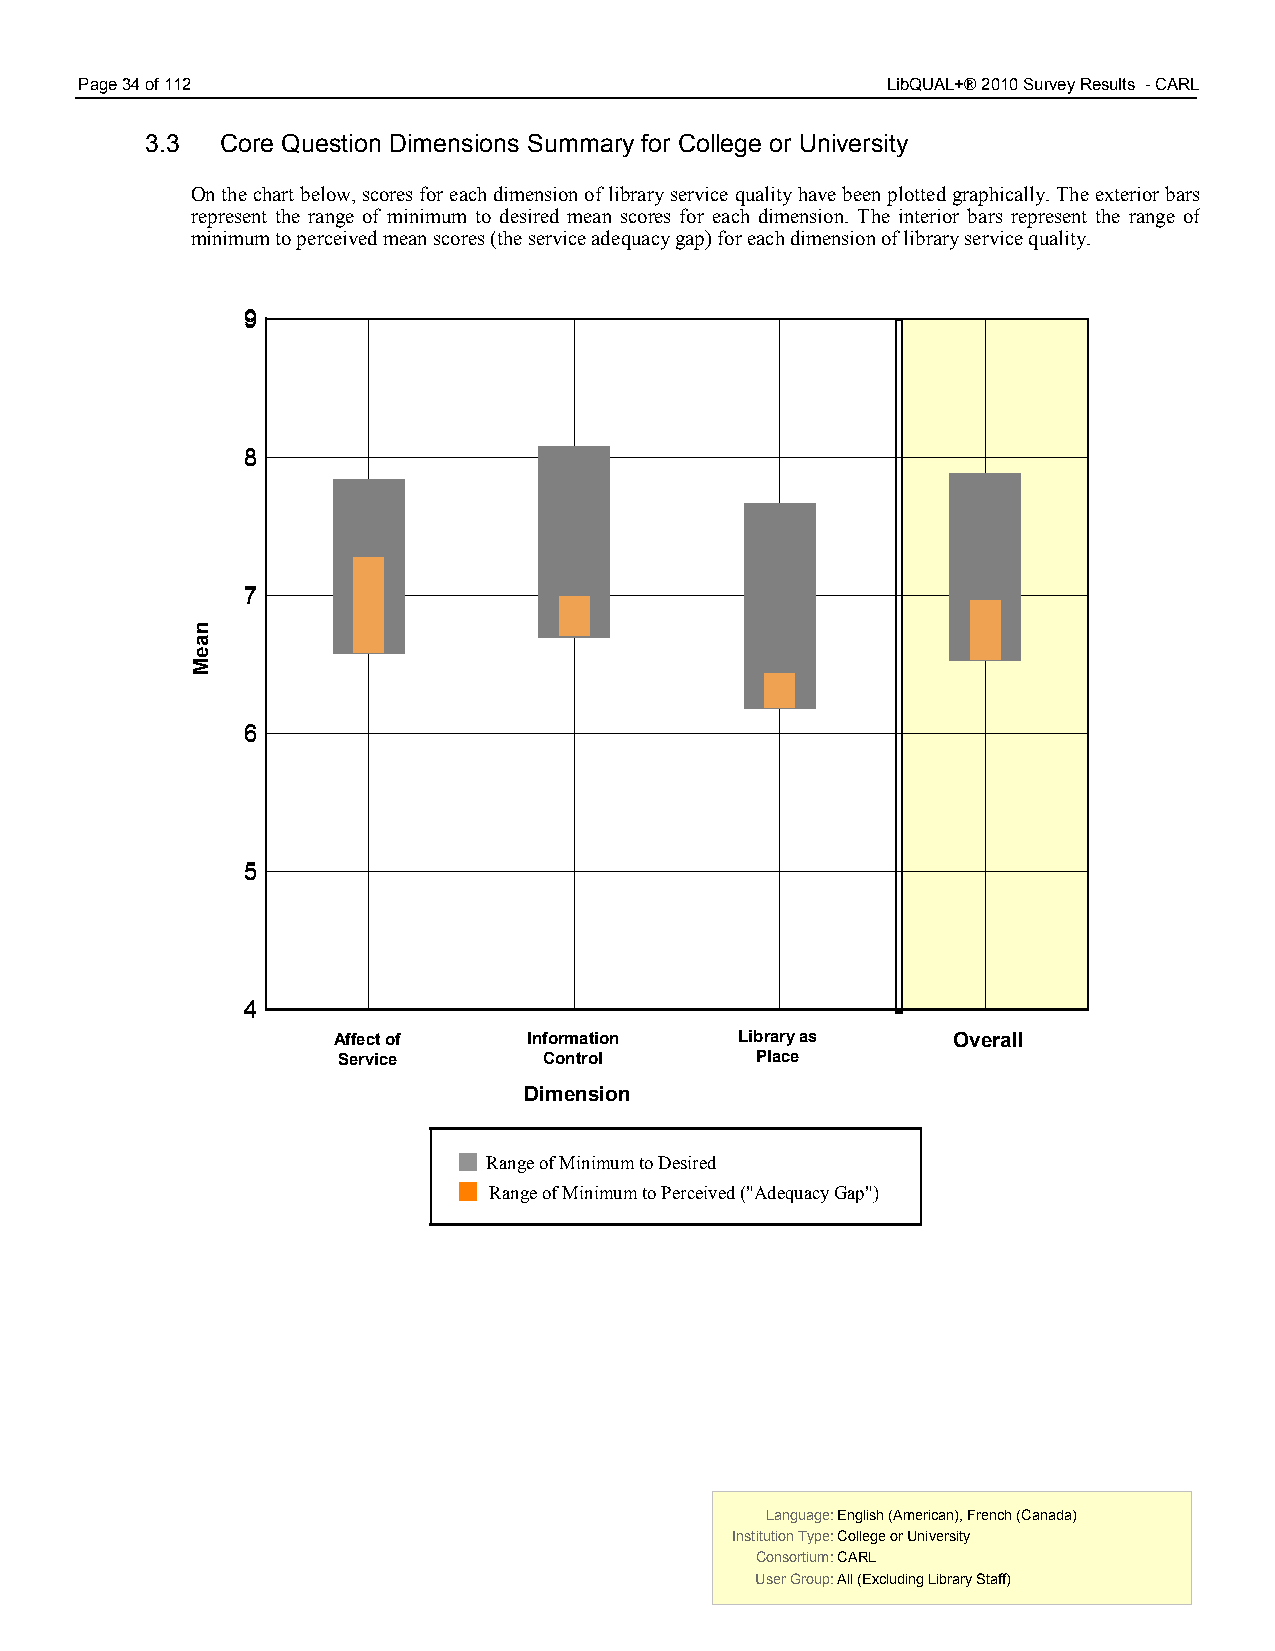
Page 34 of 112                                        LibQUAL+® 2010 Survey Results - CARL
 3.3  Core Question Dimensions Summary for College or University
 On the chart below, scores for each dimension of library service quality have been plotted graphically. The exterior bars
 represent the range of minimum to desired mean scores for each dimension. The interior bars represent the range of
 minimum to perceived mean scores (the service adequacy gap) for each dimension of library service quality.
 99
 88
 77
 66
 55
 44
 Affect of    Information   Library as    Overall
 Service       Control       Place
 Dimension
 Range of Minimum to Desired
 Range of Minimum to Perceived ("Adequacy Gap")
 Language: English (American), French (Canada) Language: English (American), French (Canada)
 Institution Type: College or University  Institution Type: College or University
 Consortium: CARL                         Consortium: CARL
 User Group: All (Excluding Library Staff) User Group: All (Excluding Library Staff)
 naeM